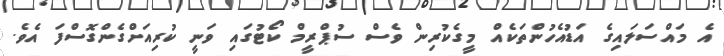
އެ މައްސަލައިގެ އަޑުއެހުންތަކެއް މީގެކުރިން ވެސް ސުޕްރީމް ކޯޓުގައި ވަނީ ކުރިއަށްގެންގޮސްފަ އެވެ.